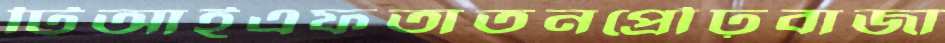
টিআইএফতাতনপ্রৌঢ়বাজা